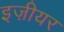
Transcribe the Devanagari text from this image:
इज़ीयर